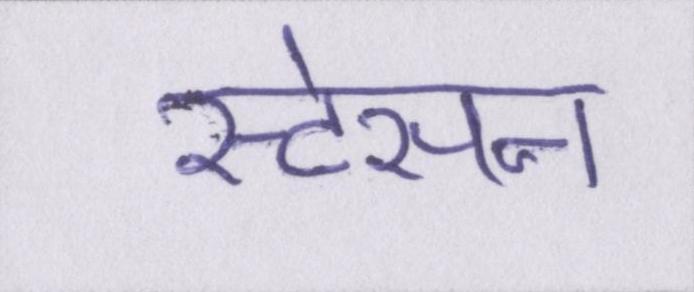
स्टेसन